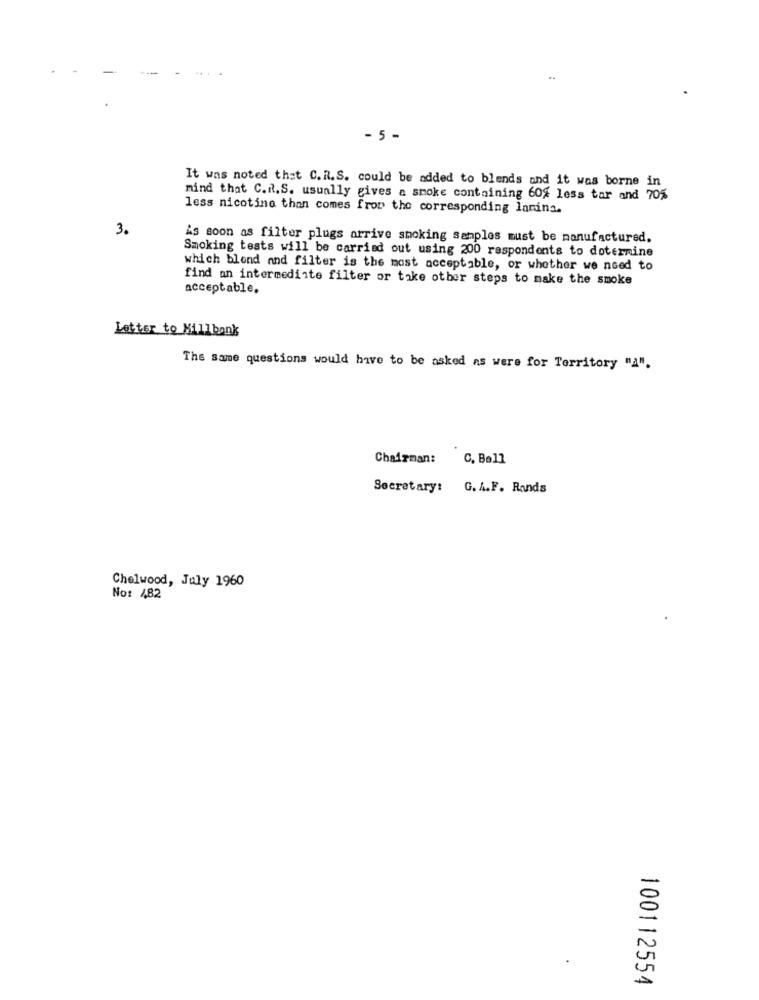
- 5 -
It was noted that C. R.S. could be added to blends and it was borne i
mind that C.R.S. usually gives a smoke containing 60% less tar and 70%
less nicotine than comes from the corresponding laring.
3.
As soon as filter plugs arrive smoking samples must be manufactured.
Smoking tests will be carried out using 200 respondents to dotermine
which blond and filter is the most acceptable, or whether we need to
find an intermediate filter or take other steps to make the smoke
acceptable.
Letter to Millbank
The same questions would have to be asked as were for Territory "A".
Chairman:
C. Bell
Secretary: G. A.F. Rands
Chelwood, July 1960
No: 482
100112554